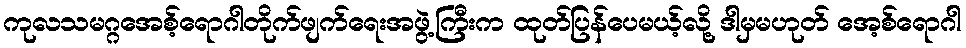
ကုလသမဂ္ဂအေစ့်ရောဂါတိုက်ဖျက်ရေးအဖွဲ့ကြီးက ထုတ်ပြန်ပေမယ့်လို့ ဒါမှမဟုတ် အေ့စ်ရောဂါ